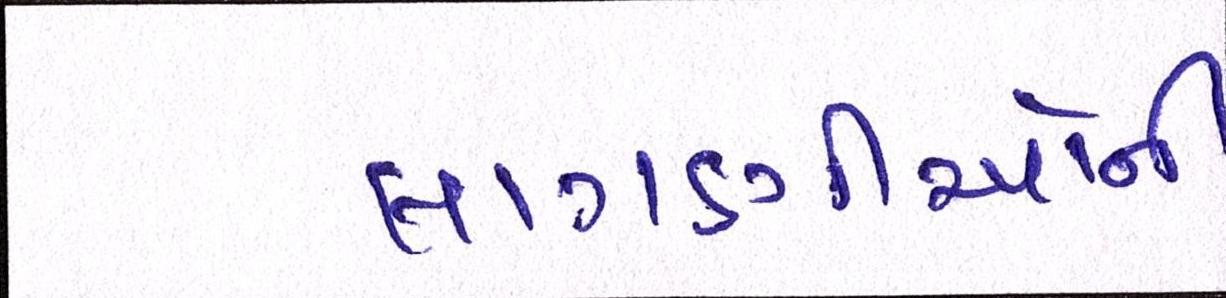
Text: લાગણીઓની